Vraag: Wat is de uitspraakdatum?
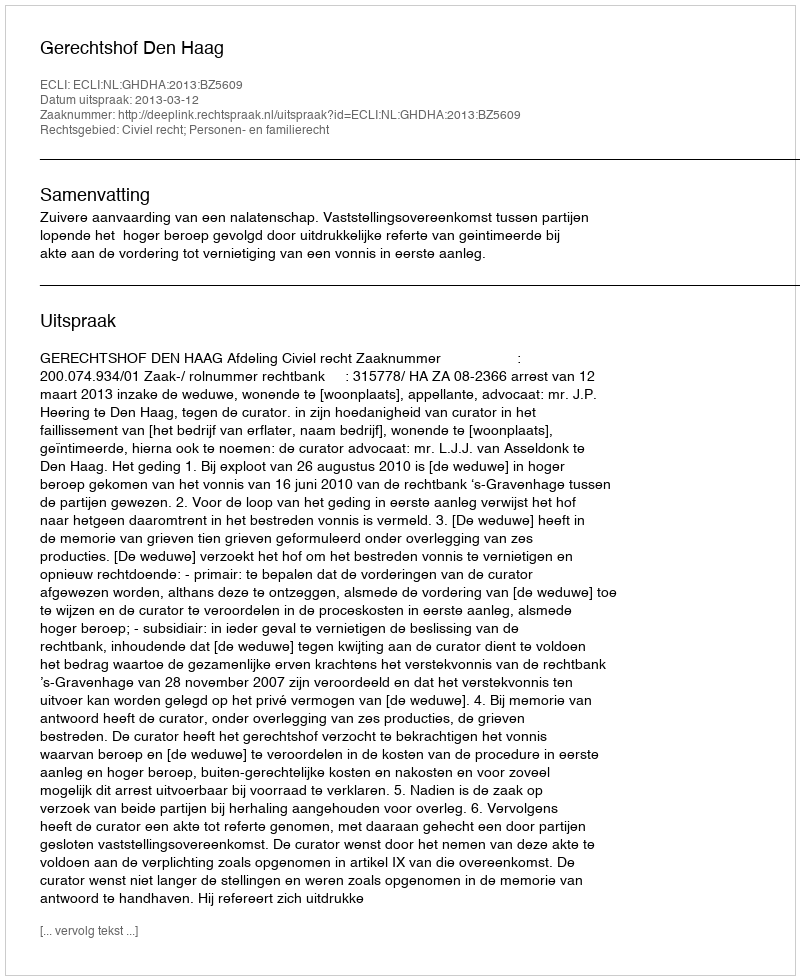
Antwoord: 2013-03-12